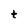
Character: t